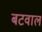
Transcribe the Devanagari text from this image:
बटवाल